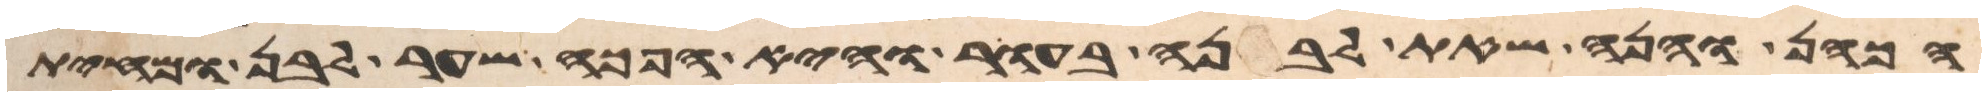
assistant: הכהן והנה שאת לבנה בעור והיא הפך שער לבן ומחית